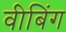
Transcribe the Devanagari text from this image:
वीबिंग